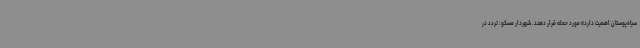
سیاه‌پوستان اهمیت دارد» مورد حمله قرار دهند. شهردار مسکو: تردد در